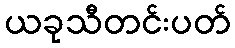
ယခုသီတင်းပတ်